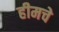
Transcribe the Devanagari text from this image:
हीमचे